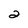
Character: 2